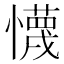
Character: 懱